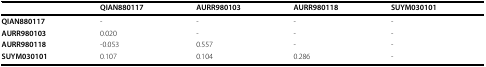
|  | QIAN880117 | AURR980103 | AURR980118 | SUYM030101 |
 | --- | --- | --- | --- | --- |
 | QIAN880117 | - | - | - | - |
 | AURR980103 | 0.020 | - | - | - |
 | AURR980118 | -0.053 | 0.557 | - | - |
 | SUYM030101 | 0.107 | 0.104 | 0.286 | - |